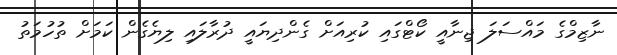
ނާޒިމްގެ މައްސަލަ ޖިނާއީ ކޯޓްގައި ކުރިއަށް ގެންދިޔައީ ދުރާލައި ލިޔެގެން ކަމަށް ތުހުމަތު